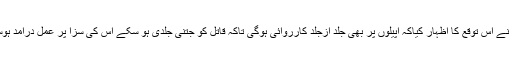
انھوں نے اس توقع کا اظہار کیاکہ اپیلوں پر بھی جلد ازجلد کارروائی ہوگی تاکہ قاتل کو جتنی جلدی ہو سکے اس کی سزا پر عمل درآمد ہوسکے۔